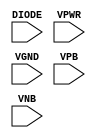
module sky130_fd_sc_ls__diode (
    DIODE,
    VPWR ,
    VGND ,
    VPB  ,
    VNB
);

    // Module ports
    input DIODE;
    input VPWR ;
    input VGND ;
    input VPB  ;
    input VNB  ;
     // No contents.
endmodule